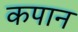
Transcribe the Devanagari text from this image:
कपान